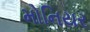
મોનિયર